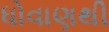
ધોવાણથી